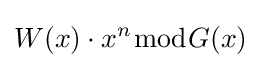
W(x)\cdot x^{n}{\bmod {G}}(x)